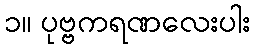
၁။ ပုဗ္ဗကရဏလေးပါး